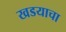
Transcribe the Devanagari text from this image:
खडयाचा